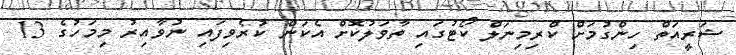
ޝަރީއަތް ހިންގުމަށް ކްރިމިނަލް ކޯޓުގައި ތާވަލުކޮށް އެކަން ކުރެވިފައި ނުވާއިރު މިމަހުގެ 13